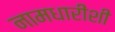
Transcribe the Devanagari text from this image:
नामधारीशी